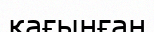
қағынған